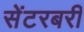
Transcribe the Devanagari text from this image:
सेंटरबरी